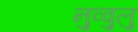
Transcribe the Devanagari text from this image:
नुव्वुलु